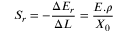
S _ { r } = - \frac { \Delta E _ { r } } { \Delta L } = \frac { E . \rho } { X _ { 0 } }